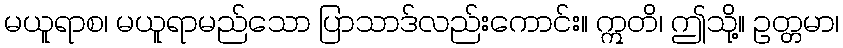
မယူရာစ၊ မယူရာမည်သော ပြာသာဒ်လည်းကောင်း။ ဣတိ၊ ဤသို့။ ဥတ္တမာ၊